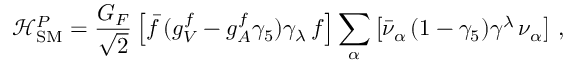
\mathcal { H } _ { \mathrm { S M } } ^ { P } = \frac { G _ { F } } { \sqrt { 2 } } \left[ \bar { f } \, ( g _ { V } ^ { f } - g _ { A } ^ { f } \gamma _ { 5 } ) \gamma _ { \lambda } \, f \right] \sum _ { \alpha } \left[ \bar { \nu } _ { \alpha } \, ( 1 - \gamma _ { 5 } ) \gamma ^ { \lambda } \, \nu _ { \alpha } \right] \, ,